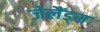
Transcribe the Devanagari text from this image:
जेलैंड्स